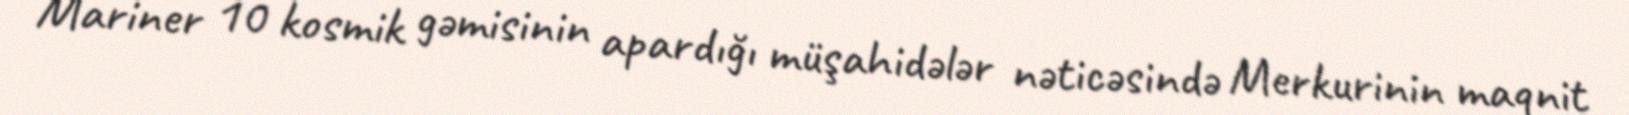
Mariner 10 kosmik gəmisinin apardığı müşahidələr nəticəsində Merkurinin maqnit